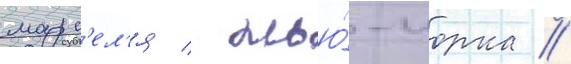
марс'ел'я / нью́-иорка /